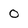
Character: 0